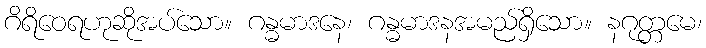
ဂိရိဝေရဟုဆိုအပ်သော။ ဂန္ဓမာဒနေ၊ ဂန္ဓမာဒနအမည်ရှိသော။ နဂုတ္တမေ၊